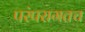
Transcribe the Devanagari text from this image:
परंपरागतच